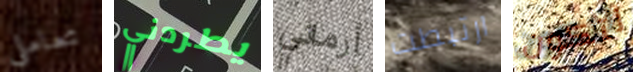
تعاملي يطردني أرماني ارتبطت لتكون